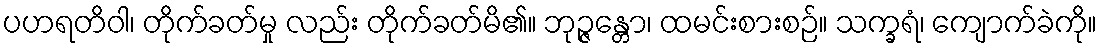
ပဟရတိဝါ၊ တိုက်ခတ်မှု လည်း တိုက်ခတ်မိ၏။ ဘုဉ္ဇန္တော၊ ထမင်းစားစဉ်။ သက္ခရံ၊ ကျောက်ခဲကို။